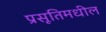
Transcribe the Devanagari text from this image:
प्रसूतिमधील